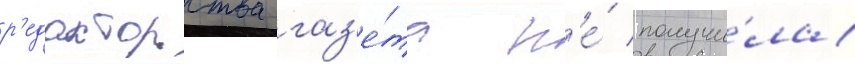
р'едакторства газ'е́та н'е́ получи́ла